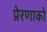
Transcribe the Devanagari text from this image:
प्रेरणाको